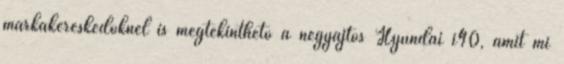
márkakereskedőknél is megtekinthető a négyajtós Hyundai i40, amit mi